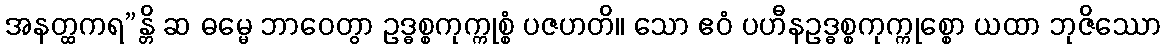
အနတ္ထကရ”န္တိ ဆ ဓမ္မေ ဘာဝေတွာ ဥဒ္ဓစ္စကုက္ကုစ္စံ ပဇဟတိ။ သော ဧဝံ ပဟီနဥဒ္ဓစ္စကုက္ကုစ္စော ယထာ ဘုဇိဿော